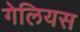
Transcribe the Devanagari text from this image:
गेलियस